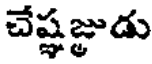
చేష్ణజ్ఞుడు